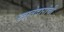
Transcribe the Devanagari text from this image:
खातेदारांची